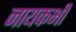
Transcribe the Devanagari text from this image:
नायकभी